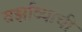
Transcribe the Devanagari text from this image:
वर्झाव्याची